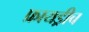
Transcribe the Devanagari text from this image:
फ्रायड्रीच